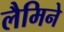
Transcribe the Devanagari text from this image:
लैमिने